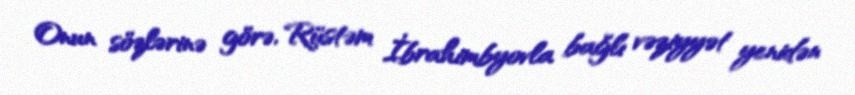
Onun sözlərinə görə, Rüstəm İbrahimbyovla bağlı vəziyyət yenidən